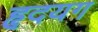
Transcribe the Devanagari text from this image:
हृदयग